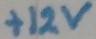
Text: +12v